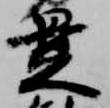
是